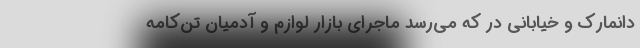
دانمارک و خیابانی در که می‌رسد ماجرای بازار لوازم و آدمیان تن‌کامه